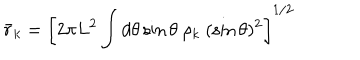
{ \bar { r } _ { k } } = \left[ 2 \pi L ^ { 2 } \int d \theta \sin { \theta } \ \rho _ { k } \ ( \sin \theta ) ^ { 2 } \right] ^ { 1 / 2 }